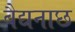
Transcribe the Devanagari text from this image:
बैद्यनाछ